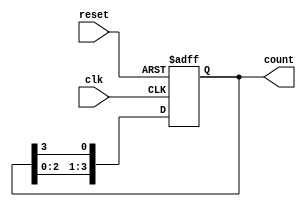
module ring_counter (
    input wire clk,              // Clock signal
    input wire reset,            // Asynchronous reset signal
    output reg [N-1:0] count     // N-bit output for the ring counter
);
    parameter N = 4;             // Number of flip-flops

    always @(posedge clk or posedge reset) begin
        if (reset) begin
            count <= 1'b1;       // Initialize to 0001 (only the first flip-flop is set)
        end else begin
            // Shift the '1' to the left
            count <= {count[N-2:0], count[N-1]};
        end
    end
endmodule